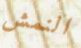
النمش